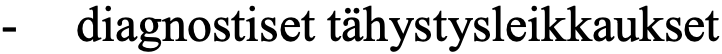
-  diagnostiset tähystysleikkaukset